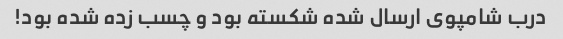
درب شامپوی ارسال شده شکسته بود و چسب زده شده بود!